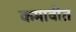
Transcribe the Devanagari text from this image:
कमावीत